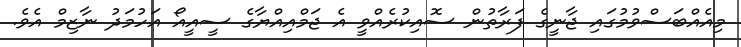
މިއެއްބަސްވުމުގައި ޖާނީގެ ފަރާތުން ސޮއިކުރެއްވީ އެ ޖަމްއިއްޔާގެ ސީއީއޯ އަހުމަދު ނާޒިމް އެވެ.